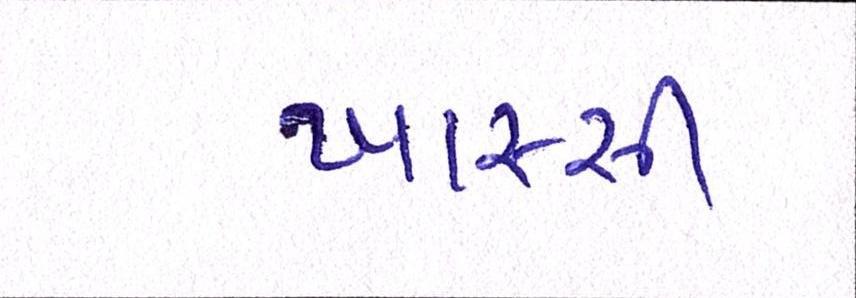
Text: ખાસ્સી